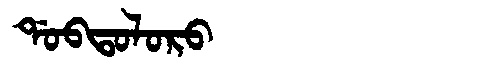
Manchu: ᡩᠣᠪᡨᠣᠯᠣᡵᠣ
Romanization: DOBTOLORO